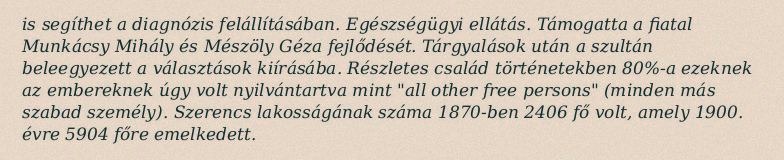
is segíthet a diagnózis felállításában. Egészségügyi ellátás. Támogatta a fiatal Munkácsy Mihály és Mészöly Géza fejlődését. Tárgyalások után a szultán beleegyezett a választások kiírásába. Részletes család történetekben 80%-a ezeknek az embereknek úgy volt nyilvántartva mint "all other free persons" (minden más szabad személy). Szerencs lakosságának száma 1870-ben 2406 fő volt, amely 1900. évre 5904 főre emelkedett.